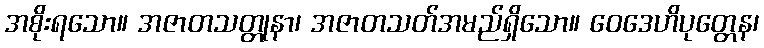
အစိုးရသော။ အဇာတသတ္တုနာ၊ အဇာတသတ်အမည်ရှိသော။ ဝေဒေဟိပုတ္တေန၊